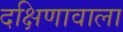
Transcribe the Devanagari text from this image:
दक्षिणावाला